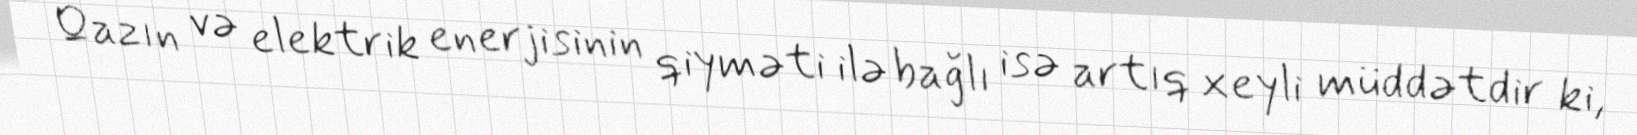
Qazın və elektrik enerjisinin qiyməti ilə bağlı isə artıq xeyli müddətdir ki,